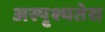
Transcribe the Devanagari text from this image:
अस्पृश्यतेस